Eesti_Rahvusfond, lk 93
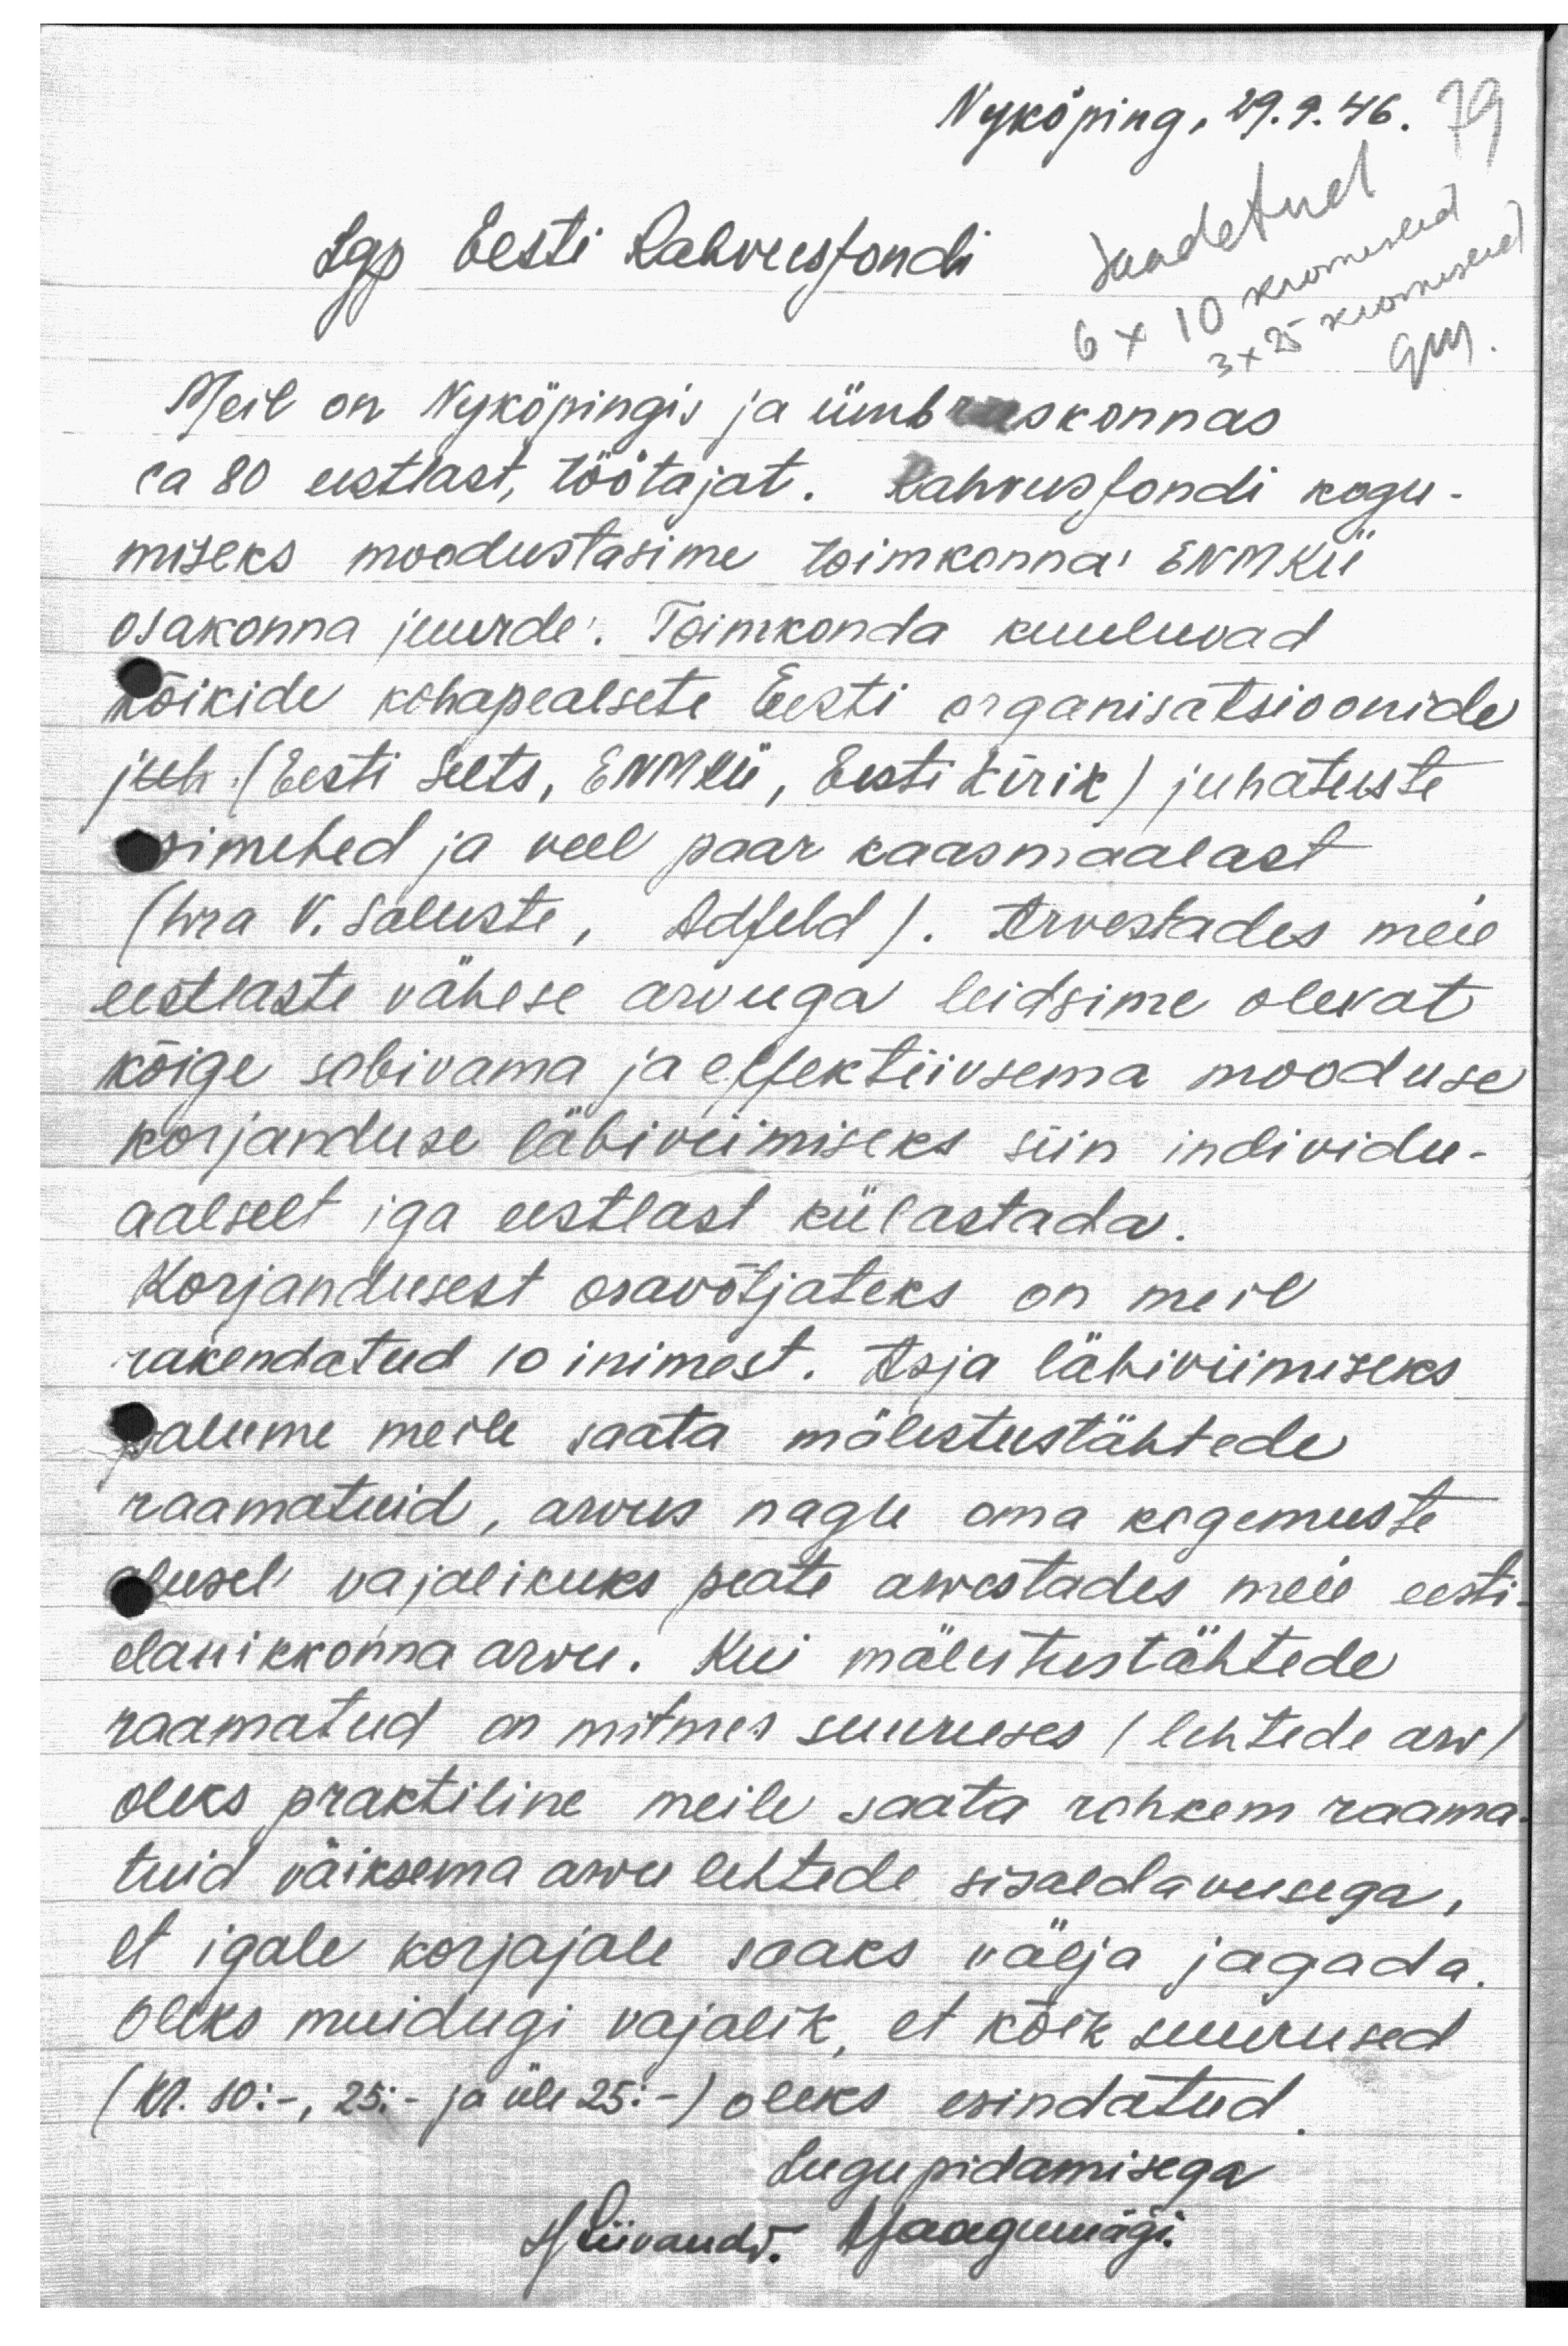
Nyköping, 29.9.46.
79
Lgp Eesti Rahvusfondi
Saadetud
3 x25 kuorusse
Meil on Nyköpingis ja ümbruskonnas
ca 80 eestlast, töötajat. Rahvusfondi kogu-
miseks moodustasime toimkonna ENMKÜ
osakonna juurde: Toimkonda kuuluvad
kõikide kohapealsete Eesti organisatsioonide
juh. (Eesti Selts, ENMKÜ, Eesti kirik) juhatuste
esimehed ja veel paar kaasmaalast
(hr V. Saluste, Adfeld). Arvestades meie
eestlaste vähese arvuga leidsime olevat
kõige sobivama ja effektiivsema mooduse
korjanduse läbiviimiseks siin individu-
aalselt iga eestlast külastada.
Korjandusest osavõtjateks on meil
rakendatud 10 inimest. Asja läbiviimiseks
palume meile saata mälestustähtede
raamatuid, arvus nagu oma kogemuste
alusel vajalikuks peate arvestades meie eesti
elanikkonna arvu. Kui mälestustähtede
raamatud on mitmes suuruses (lehtede arv),
oleks praktiline meile saata rohkem raama-
tuid väiksema arvu lehtede sisaldavusega,
et igale korjajale saaks välja jagada.
Oleks muidugi vajalik, et kõik suurused
(kr. 10:-, 25:- ja üle 25:-) oleks esindatud.
Lugupidamisega
H. Liivandi. A. Jaagumägi.